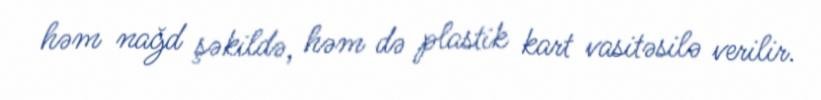
həm nağd şəkildə, həm də plastik kart vasitəsilə verilir.